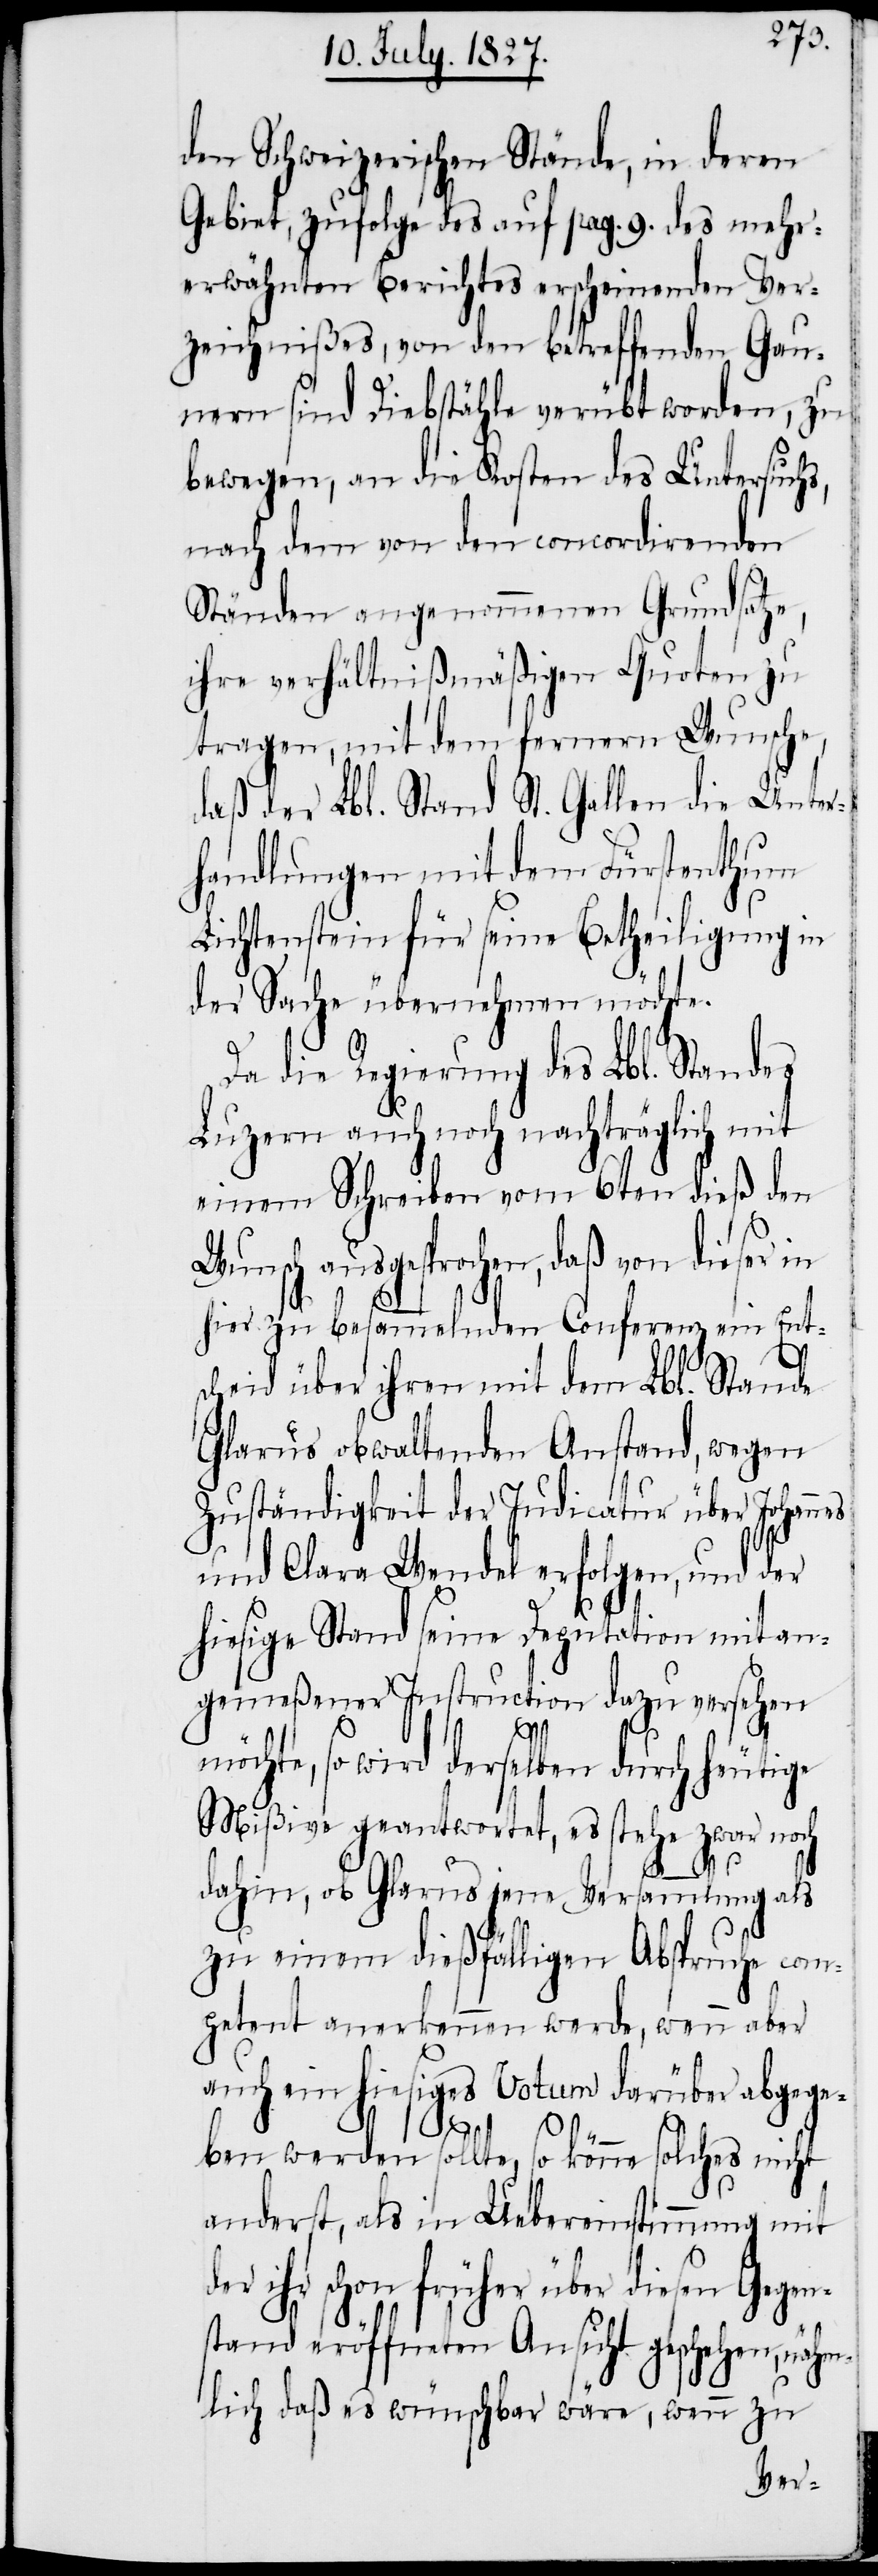
den Schweizerischen Stände, in deren
Gebiet, zufolge des auf pag. 9. des mehr¬
erwähnten Berichtes erscheinenden Ver¬
zeichnißes, von den betreffenden Gau¬
nern sind Diebstähle verübt worden, zu
bewegen, an die Kosten des Untersuchs,
nach dem von den concordirenden
Ständen angenommenen Grundsatze,
ihre verhältnißmäßigen Quoten zu
tragen, mit dem fernern Wunsche,
daß der Lbl. Stand St. Gallen die Unter¬
handlungen mit dem Fürstenthum
Lichtenstein für seine Betheiligung in
der Sache übernehmen möchte.
Da die Regierung des Lbl. Standes
Luzern auch noch nachträglich mit
einem Schreiben vom 6ten dieß den
Wunsch ausgesprochen, daß von dieser in
hier zu besammelnden Conferenz ein Ent¬
scheid über ihren mit dem Lbl. Stande
Glarus obwaltenden Anstand, wegen
Zuständigkeit der Judicatur über Johannes
und Clara Wendel erfolgen, und der
hiesige Stand seine Deputation mit an¬
gemeßener Instruction dazu versehen
möchte, so wird derselben durch heutige
Mißive geantwortet, es stehe zwar noch
dahin, ob Glarus jene Versammlung als
zu einem dießfälligen Abspruche com¬
petent anerkennen werde, wenn aber
auch ein hiesiges Votum darüber abgege¬
der
ben werden sollte, so könne solches nicht
anderst, als in Uebereinstimmung mit
ihr schon früher über diesen Gegen¬
stand eröffneten Ansicht geschehen, näm¬
lich daß es wünschbar wäre, wenn zu